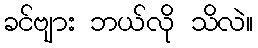
ခင်ဗျား ဘယ်လို သိလဲ။